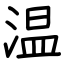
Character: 温